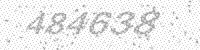
Solution: 484638